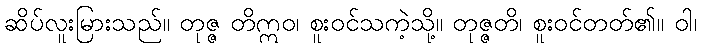
ဆိပ်လူးမြားသည်။ တုဇ္ဇ တိဣဝ၊ စူးဝင်သကဲ့သို့။ တုဇ္ဇတိ၊ စူးဝင်တတ်၏။ ဝါ၊